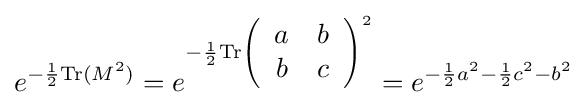
e^{-{\frac {1}{2}}{\rm {Tr}}(M^{2})}=e^{-{\frac {1}{2}}{\rm {Tr}}\left({\begin{array}{cc}a&b\\b&c\\\end{array}}\right)^{2}}=e^{-{\frac {1}{2}}a^{2}-{\frac {1}{2}}c^{2}-b^{2}}